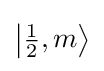
{\textstyle \left|{\frac {1}{2}},m\right\rangle }